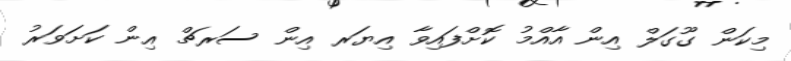
މިކަން ގޫގަލް އިން އާއްމު ކޮށްފައިވާ އިޔަރ އިން ސަރޗް އިން ކަށަވަރު